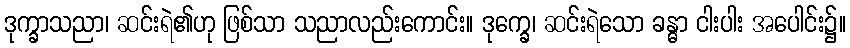
ဒုက္ခာသညာ၊ ဆင်းရဲ၏ဟု ဖြစ်သာ သညာလည်းကောင်း။ ဒုက္ခေ၊ ဆင်းရဲသော ခန္ဓာ ငါးပါး အပေါင်း၌။